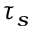
\tau _ { s }